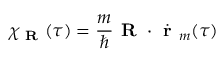
\chi _ { \textbf { R } } ( \tau ) = \frac { m } { \hbar } \textbf { R } \cdot \dot { \textbf { r } } _ { m } ( \tau )